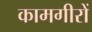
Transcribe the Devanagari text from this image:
कामगीरों